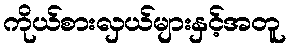
ကိုယ်စားလှယ်များနှင့်အတူ